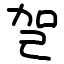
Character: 㠰